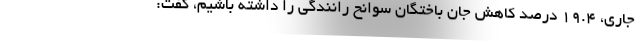
جاری، 19.4 درصد کاهش جان باختگان سوانح رانندگی را داشته باشیم، گفت: